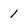
Character: 1